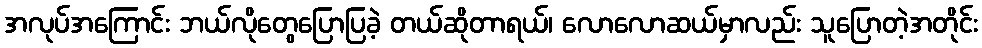
အလုပ်အကြောင်း ဘယ်လိုတွေပြောပြခဲ့ တယ်ဆိုတာရယ်၊ လောလောဆယ်မှာလည်း သူပြောတဲ့အတိုင်း